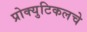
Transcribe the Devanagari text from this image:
प्रोक्युटिकलचे